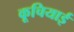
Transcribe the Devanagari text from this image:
कूचियाई